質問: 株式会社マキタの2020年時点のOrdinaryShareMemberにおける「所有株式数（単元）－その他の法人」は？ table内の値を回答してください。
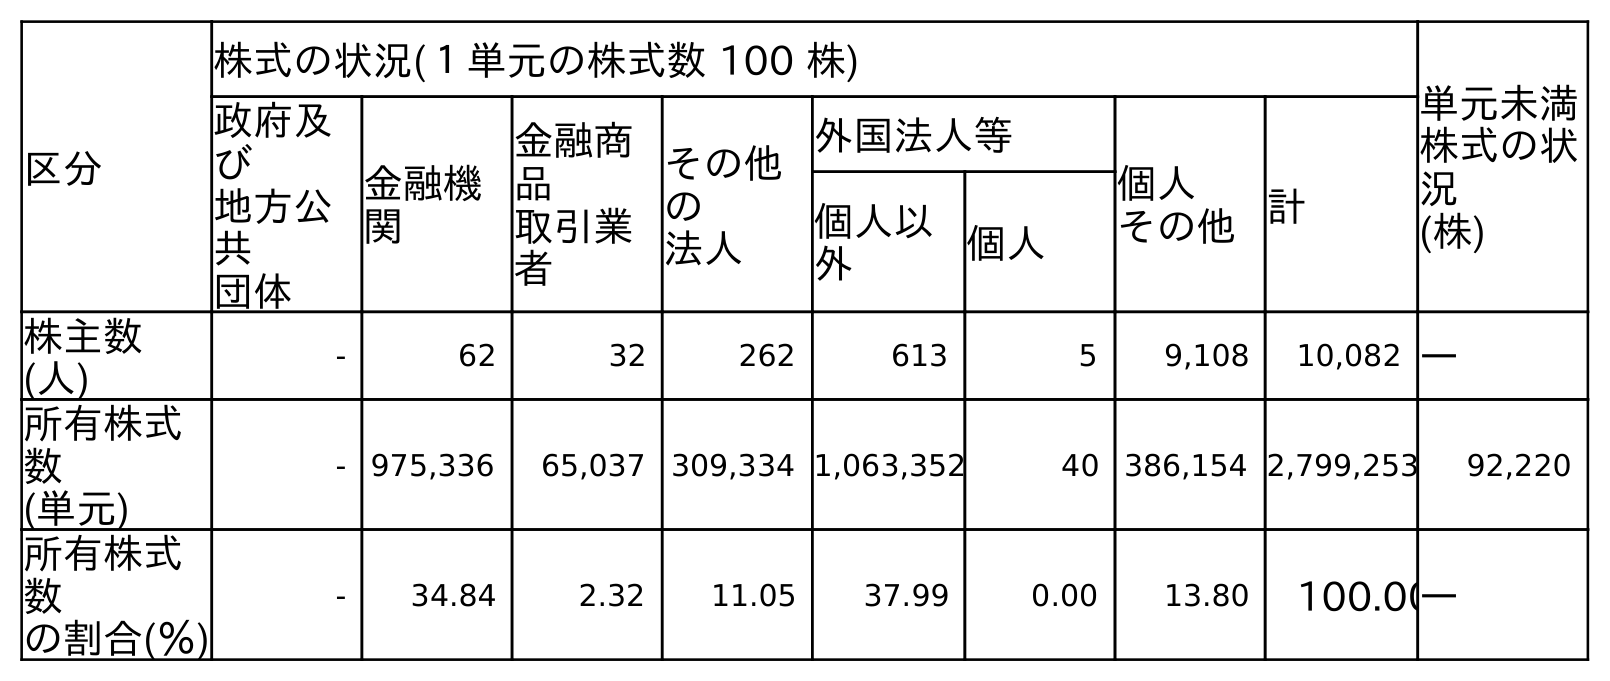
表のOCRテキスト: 区分 株式の状況(１単元の株式数 100 株) 単元未満 株式の状 況 (株) 政府及 び 地方公 共 団体 金融機 関 金融商 品 取引業 者 その他 の 法人 外国法人等 個人 その他計 個人以 外 個人 株主数 (人) - 62 32 262 613 5 9,108 10,082 ― 所有株式 数 (単元) - 975,336 65,037 309,334 1,063,352 40 386,154 2,799,253 92,220 所有株式 数 の割合(％) - 34.84 2.32 11.05 37.99 0.00 13.80 100.00―
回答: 309,334